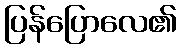
ပြန်ပြောလေ၏